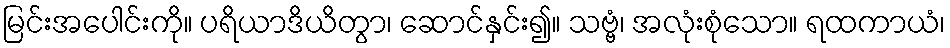
မြင်းအပေါင်းကို။ ပရိယာဒိယိတွာ၊ ဆောင်နှင်း၍။ သဗ္ဗံ၊ အလုံးစုံသော။ ရထကာယံ၊